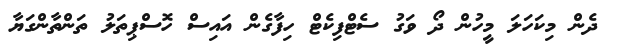
ދެން މިކަހަލަ މީހުން ދޯ ވަގު ސެޓްފިކެޓް ހިފާގެން އައިސް ހޮސްޕިތަލު ތަންތާންގަޔާ